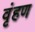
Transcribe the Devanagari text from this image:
वृंहण